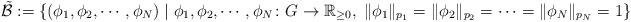
LaTeX: \begin{align*} \tilde{\mathcal{B}} := \{ ( \phi_1 , \phi_2 , \cdots , \phi_N ) \mid \phi_1, \phi_2, \cdots , \phi_N \colon G \to \mathbb{R}_{\geq 0} , \; \| \phi_1 \|_{p_1} = \| \phi_2 \|_{p_2} = \cdots = \| \phi_N \|_{p_N} = 1 \} \end{align*}